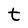
Character: t